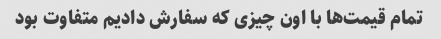
تمام قیمت‌ها با اون چیزی که سفارش دادیم متفاوت بود